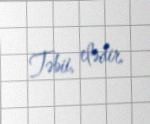
Təbii, elədir.